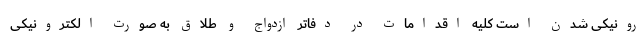
رونیکی شدن است کلیه اقدامات در دفاتر ازدواج و طلاق به صورت الکترونیکی